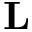
\mathbf { L }